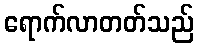
ရောက်လာတတ်သည်